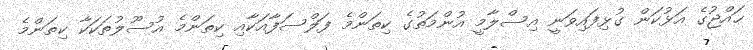
ޙައްޖުގެ އަޅުކަން ގުޅިފައިވަނީ އިސްލާމީ އުންމަތުގެ ކިތަންމެ ފަލްސަފާއަކާއި ކިތަންމެ އުސޫލުތަކަކާ ކިތަންމެ